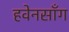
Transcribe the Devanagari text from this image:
हवेनसाँग